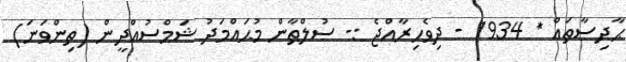
ޙާދިސާތައް * 1934 - ދިވެހިރާއްޖެ :- ސުލްޠާން މުޙައްމަދު ޝަމްސުއްދީން (ތިންވަނަ)